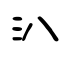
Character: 汃